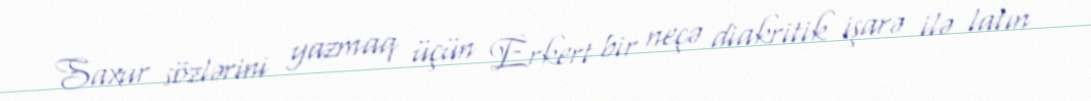
Saxur sözlərini yazmaq üçün Erkert bir neçə diakritik işarə ilə latın